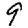
Digit: 9